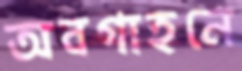
অবগাহনে